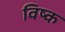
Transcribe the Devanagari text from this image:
विष्क